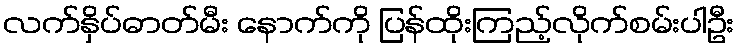
လက်နှိပ်ဓာတ်မီး နောက်ကို ပြန်ထိုးကြည့်လိုက်စမ်းပါဦး